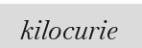
kilocurie